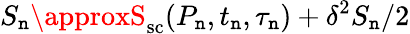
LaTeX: S_{\mathtt{n}}\approxS_{\mathrm{{sc}}}(P_{\mathtt{n}},t_{\mathtt{n}},\tau_{\mathtt{n}})+\delta^{2}S_{\mathtt{n}}/2